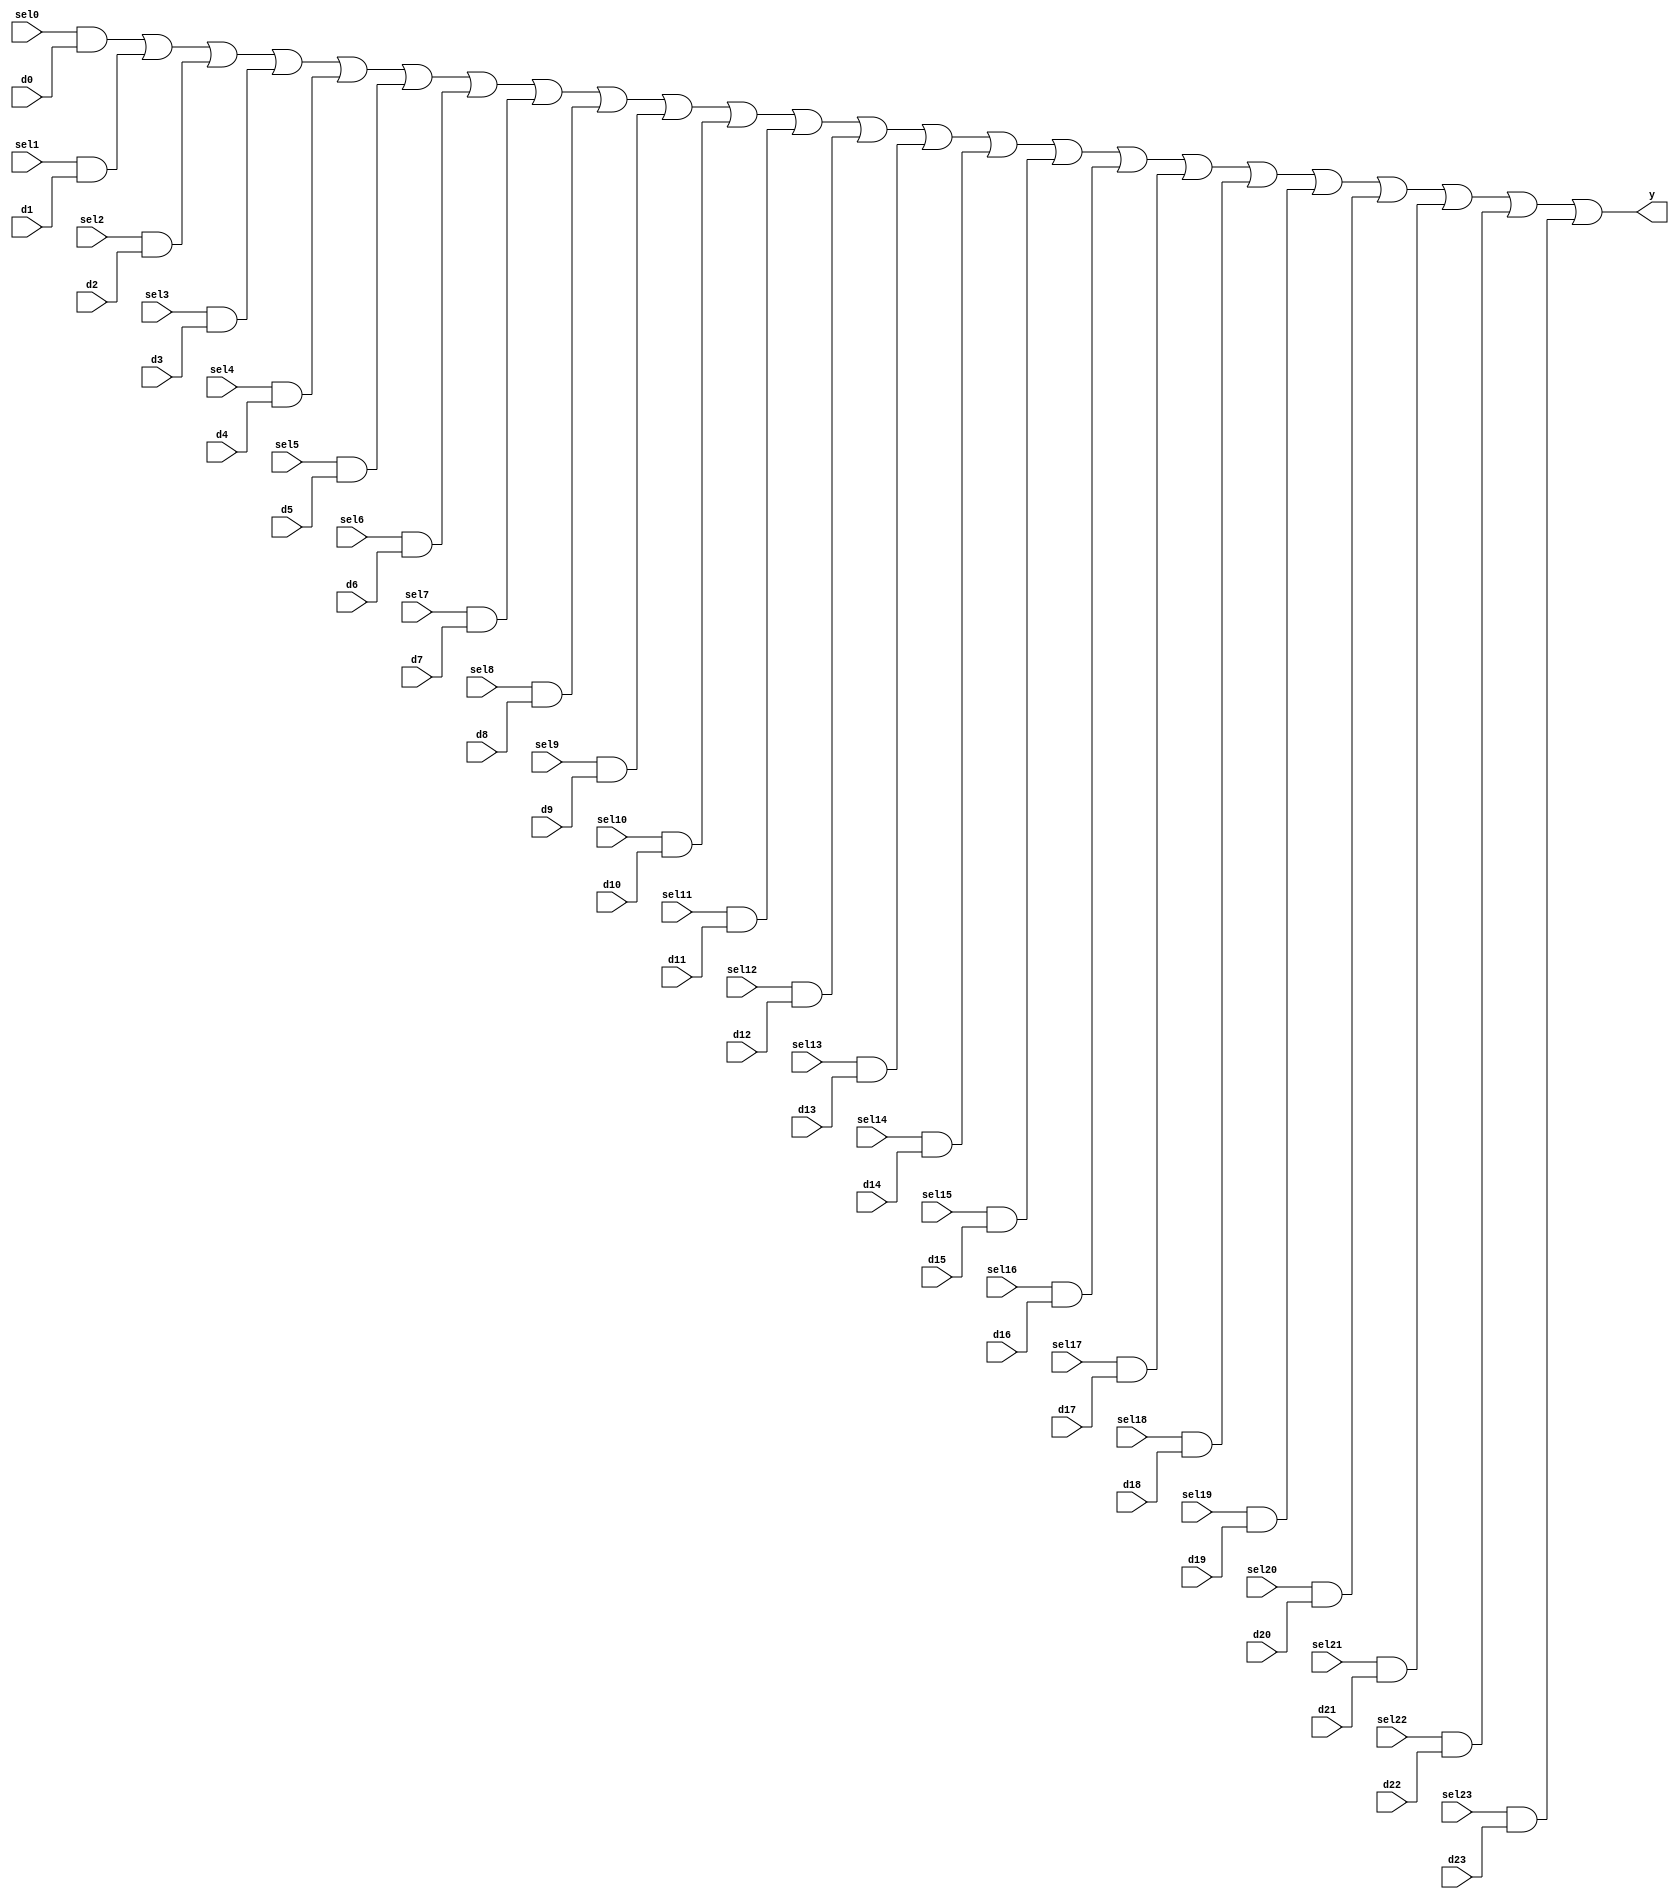
module mvp_mux1hot_24(
	y,
	sel0,
	d0,
	sel1,
	d1,
	sel2,
	d2,
	sel3,
	d3,
	sel4,
	d4,
	sel5,
	d5,
	sel6,
	d6,
	sel7,
	d7,
	sel8,
	d8,
	sel9,
	d9,
	sel10,
	d10,
	sel11,
	d11,
	sel12,
	d12,
	sel13,
	d13,
	sel14,
	d14,
	sel15,
	d15,
	sel16,
	d16,
	sel17,
	d17,
	sel18,
	d18,
	sel19,
	d19,
	sel20,
	d20,
	sel21,
	d21,
	sel22,
	d22,
	sel23,
	d23
);
// synopsys template
parameter WIDTH = 1;

output [WIDTH-1:0]	y;

input			sel0;
input			sel1;
input			sel2;
input			sel3;
input			sel4;
input			sel5;
input			sel6;
input			sel7;
input			sel8;
input			sel9;
input			sel10;
input			sel11;
input			sel12;
input			sel13;
input			sel14;
input			sel15;
input			sel16;
input			sel17;
input			sel18;
input			sel19;
input			sel20;
input			sel21;
input			sel22;
input			sel23;
input  [WIDTH-1:0]	d0;
input  [WIDTH-1:0]	d1;
input  [WIDTH-1:0]	d2;
input  [WIDTH-1:0]	d3;
input  [WIDTH-1:0]	d4;
input  [WIDTH-1:0]	d5;
input  [WIDTH-1:0]	d6;
input  [WIDTH-1:0]	d7;
input  [WIDTH-1:0]	d8;
input  [WIDTH-1:0]	d9;
input  [WIDTH-1:0]	d10;
input  [WIDTH-1:0]	d11;
input  [WIDTH-1:0]	d12;
input  [WIDTH-1:0]	d13;
input  [WIDTH-1:0]	d14;
input  [WIDTH-1:0]	d15;
input  [WIDTH-1:0]	d16;
input  [WIDTH-1:0]	d17;
input  [WIDTH-1:0]	d18;
input  [WIDTH-1:0]	d19;
input  [WIDTH-1:0]	d20;
input  [WIDTH-1:0]	d21;
input  [WIDTH-1:0]	d22;
input  [WIDTH-1:0]	d23;


 assign y = 
	{WIDTH{sel0}} & d0 |
	{WIDTH{sel1}} & d1 |
	{WIDTH{sel2}} & d2 |
	{WIDTH{sel3}} & d3 |
	{WIDTH{sel4}} & d4 |
	{WIDTH{sel5}} & d5 |
	{WIDTH{sel6}} & d6 |
	{WIDTH{sel7}} & d7 |
	{WIDTH{sel8}} & d8 |
	{WIDTH{sel9}} & d9 |
	{WIDTH{sel10}} & d10 |
	{WIDTH{sel11}} & d11 |
	{WIDTH{sel12}} & d12 |
	{WIDTH{sel13}} & d13 |
	{WIDTH{sel14}} & d14 |
	{WIDTH{sel15}} & d15 |
	{WIDTH{sel16}} & d16 |
	{WIDTH{sel17}} & d17 |
	{WIDTH{sel18}} & d18 |
	{WIDTH{sel19}} & d19 |
	{WIDTH{sel20}} & d20 |
	{WIDTH{sel21}} & d21 |
	{WIDTH{sel22}} & d22 |
	{WIDTH{sel23}} & d23 ;


endmodule